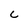
Character: c